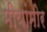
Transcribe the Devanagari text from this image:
मीयांमीर